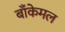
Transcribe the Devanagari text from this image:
बाँकेमल